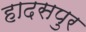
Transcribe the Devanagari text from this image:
हादसपुर